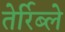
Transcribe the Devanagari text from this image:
तेर्रिब्ले